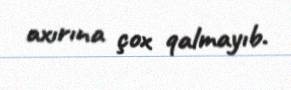
axırına çox qalmayıb.